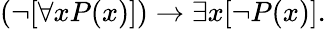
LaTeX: (\lnot[\forall xP(x)])\to\exists x[\lnot P(x)].